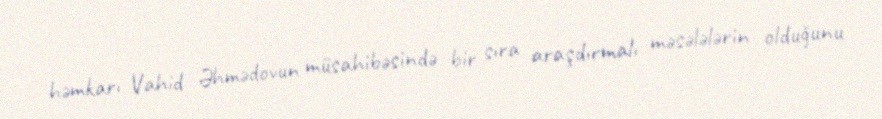
həmkarı Vahid Əhmədovun müsahibəsində bir sıra araşdırmalı məsələlərin olduğunu